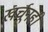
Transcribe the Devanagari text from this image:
खर्चूनही